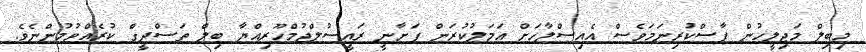
މިބިލް މަޖިލީހުން ފާސްކުރިނަމަވެސް އެއިސްލާހަށް އަމަލުކުރަން ފަށާނީ ރައީސުލްޖުމްހޫރިއްޔާ ބިލް ތަސްދީގް ކުރެއްވުމުންނެވެ.